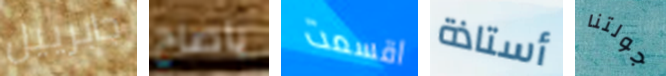
جابرييل ياصاح اقسمت أستاذة جولتنا